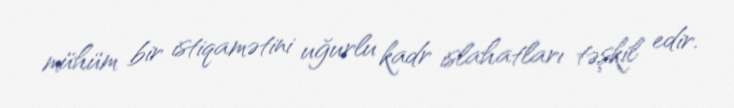
mühüm bir istiqamətini uğurlu kadr islahatları təşkil edir.